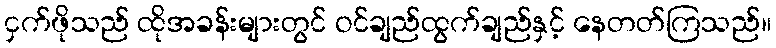
ငှက်ဖိုသည် ထိုအခန်းများတွင် ဝင်ချည်ထွက်ချည်နှင့် နေတတ်ကြသည်။